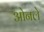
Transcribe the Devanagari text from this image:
ओनले